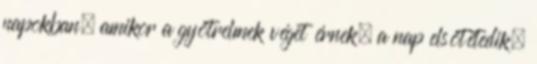
napokban, amikor a gyötrelmek véget érnek, a nap elsötétedik,